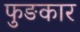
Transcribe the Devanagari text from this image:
फुङकार